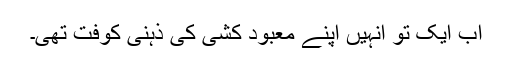
اب ایک تو انہیں اپنے معبود کشی کی ذہنی کوفت تھی۔